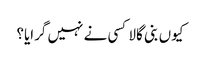
کیوں بنی گالا کسی نے نہیں گرایا؟